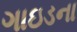
ગાઇડના